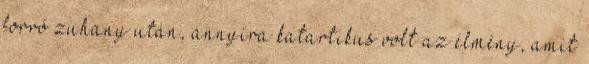
forró zuhany után, annyira katartikus volt az élmény, amit